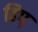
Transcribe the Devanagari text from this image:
हिप्